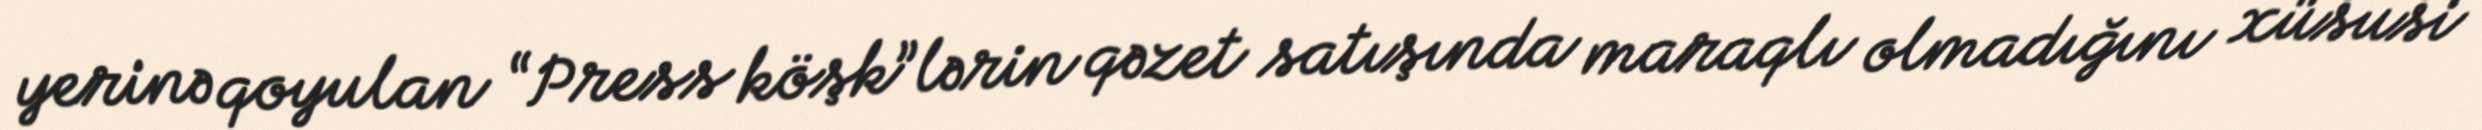
yerinə qoyulan “Press köşk”lərin qəzet satışında maraqlı olmadığını xüsusi